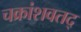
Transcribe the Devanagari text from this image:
चक्रांशवतद्